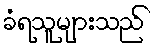
ခံရသူများသည်